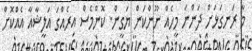
މާ ރަނގަޅަށް ދަންނަ މީހެއް ނޫންކަން ޔަގީން. ކޮންމެސް އިރެއްގަ އަލީޝާއާ އެއްކޮށް